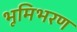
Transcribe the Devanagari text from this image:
भूमिभरण